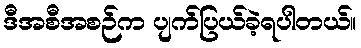
ဒီအစီအစဉ်က ပျက်ပြယ်ခဲ့ရပါတယ်။